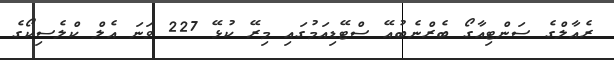
ރެއާލްގެ ސަންޓިއާގޯ ބެރްނެބުއޭ ސްޓޭޑިއަމުގައި މިރޭ ކުޅޭ 227 ވަނަ އެލް ކްލެސިކޯގެ